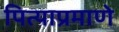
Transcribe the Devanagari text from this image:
पित्याप्रमाणे